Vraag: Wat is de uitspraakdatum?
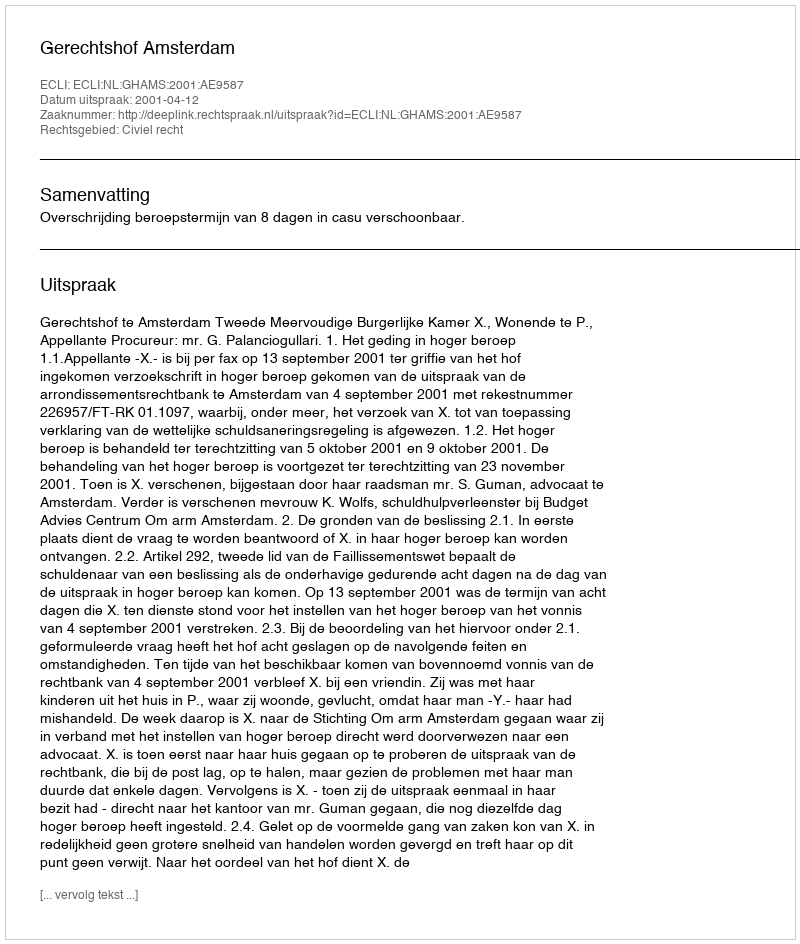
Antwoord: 2001-04-12